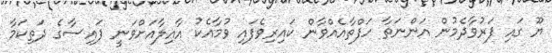
ޔޫ ގައި ފަރުވާދެމުން އަންނަތާ ހަފްތާއެއްވާން ކައިރިވެފައި ވުމާއެކު އާއިލާއަށްވަނީ ފައިސާގެ ދަތިކަމާ